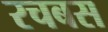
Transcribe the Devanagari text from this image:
रचबस